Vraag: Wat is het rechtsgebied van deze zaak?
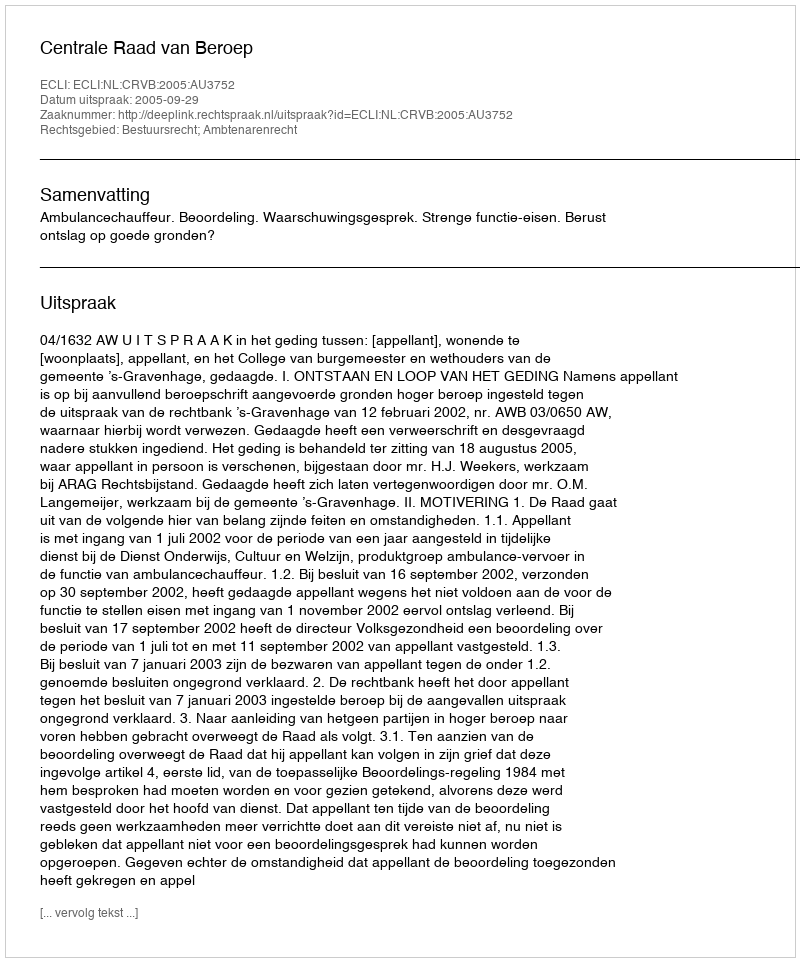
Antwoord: Bestuursrecht; Ambtenarenrecht